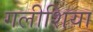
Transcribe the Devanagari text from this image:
गलीशिया